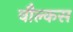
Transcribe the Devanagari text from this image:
वौल्कस